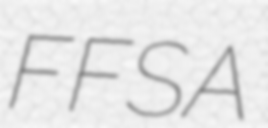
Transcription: FFSA